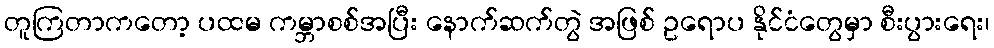
တူကြတာကတော့ ပထမ ကမ္ဘာစစ်အပြီး နောက်ဆက်တွဲ အဖြစ် ဥရောပ နိုင်ငံတွေမှာ စီးပွားရေး၊